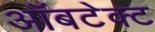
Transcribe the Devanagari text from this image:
ऑबटेक्ट